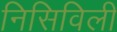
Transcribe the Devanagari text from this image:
निसिविली